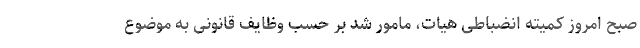
صبح امروز کمیته انضباطی هیات، مامور شد بر حسب وظایف قانونی به موضوع